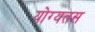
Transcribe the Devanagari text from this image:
योग्यतस